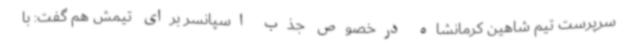
سرپرست تیم شاهین کرمانشاه درخصوص جذب اسپانسر برای تیمش هم گفت: با